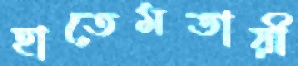
হাতেমতায়ী